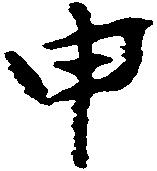
申